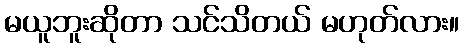
မယူဘူးဆိုတာ သင်သိတယ် မဟုတ်လား။